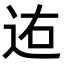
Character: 𨒐